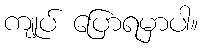
ကျုပ် ပြောရမှာပါ။